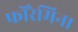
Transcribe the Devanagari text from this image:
फोरैमिना